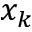
x _ { k }